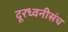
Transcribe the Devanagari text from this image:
दूरध्वनीसंच